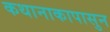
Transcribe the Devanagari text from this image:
कथानाकापासुन